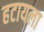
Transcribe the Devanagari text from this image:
हटायला